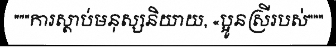
"""ការស្តាប់មនុស្សនិយាយ, «ប្អូនស្រីរបស់"""